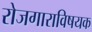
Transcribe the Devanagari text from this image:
रोजगाराविषयक